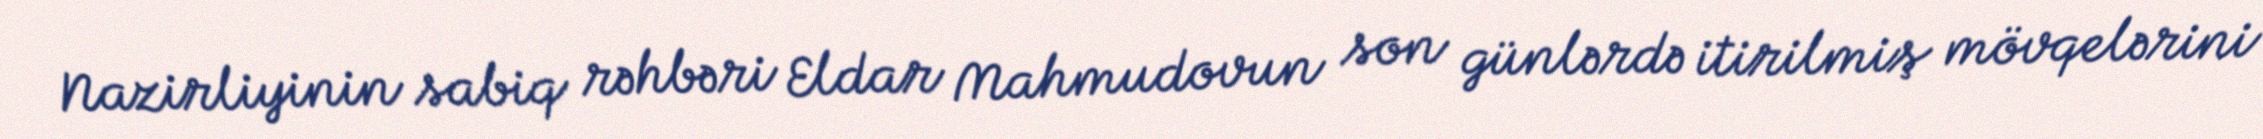
Nazirliyinin sabiq rəhbəri Eldar Mahmudovun son günlərdə itirilmiş mövqelərini